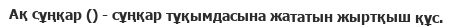
Ақ сұңқар () - сұңқар тұқымдасына жататын жыртқыш құс.